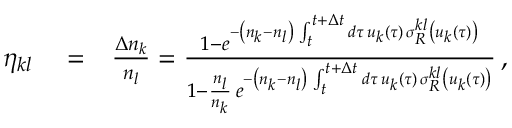
\begin{array} { r l r } { \eta _ { k l } } & { { } = } & { \frac { \Delta n _ { k } } { n _ { l } } = \frac { 1 - e ^ { - \left( n _ { k } - n _ { l } \right) \, \int _ { t } ^ { t + \Delta t } d \tau \, u _ { k } ( \tau ) \, \sigma _ { R } ^ { k l } \left( u _ { k } ( \tau ) \right) } } { 1 - \frac { n _ { l } } { n _ { k } } \, e ^ { - \left( n _ { k } - n _ { l } \right) \, \int _ { t } ^ { t + \Delta t } d \tau \, u _ { k } ( \tau ) \, \sigma _ { R } ^ { k l } \left( u _ { k } ( \tau ) \right) } } \, , } \end{array}